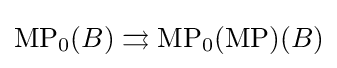
{\text{MP}}_{0}(B)\rightrightarrows {\text{MP}}_{0}({\text{MP}})(B)